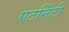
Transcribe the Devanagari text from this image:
एटर्निंटी